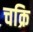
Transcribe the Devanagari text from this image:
चक्रि